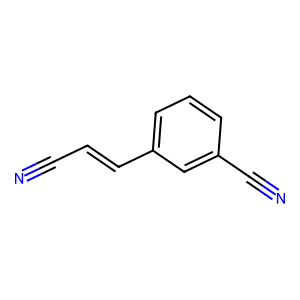
SMILES: N#CC=Cc1cccc(C#N)c1
Inhibits HIV replication: No